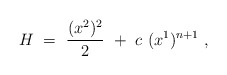
\begin{align*}H\ =\ \frac{(x^2)^2}{2}\ +\ c\ (x^1)^{n+1}\ ,\end{align*}